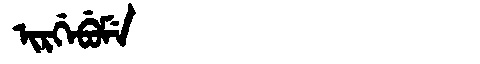
Manchu: ᡳᡵᡤᡝᠪᡠᠮᡝ
Romanization: IRGEBUME